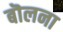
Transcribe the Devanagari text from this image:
बॊलना